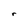
Character: r